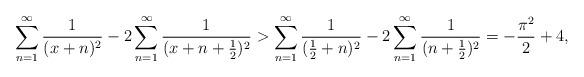
LaTeX: \begin{align*}\sum_{n=1}^\infty \frac{1}{(x+n)^2} - 2\sum_{n=1}^\infty \frac{1}{(x+n+\frac12)^2} > \sum_{n=1}^\infty \frac{1}{(\frac12+n)^2} - 2\sum_{n=1}^\infty \frac{1}{(n+\frac12)^2} = -\frac{\pi^2}{2}+4,\end{align*}